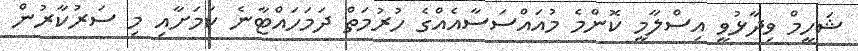
ޝަހީމް ވިދާޅުވީ އިސްލާމީ ކޮންމެ މުއައްސަސާއެއްގެ ހުރުމަތް ދަމަހައްޓާނެ ކަމަށާއި މި ސަރުކާރުން